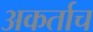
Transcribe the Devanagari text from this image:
अकर्ताच